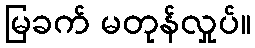
မြခက် မတုန်လှုပ်။